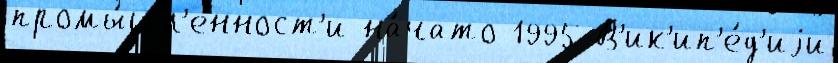
промы́шл'енност'и на́чато 1995 В'ик'ип'е́д'иjи